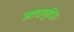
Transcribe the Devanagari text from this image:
आद्यमुद्रित